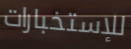
للإستخبارات